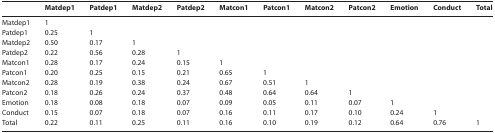
<table><thead><tr><td></td><td><b>Matdep1</b></td><td><b>Patdep1</b></td><td><b>Matdep2</b></td><td><b>Patdep2</b></td><td><b>Matcon1</b></td><td><b>Patcon1</b></td><td><b>Matcon2</b></td><td><b>Patcon2</b></td><td><b>Emotion</b></td><td><b>Conduct</b></td><td><b>Total</b></td></tr></thead><tbody><tr><td>Matdep1</td><td>1</td><td></td><td></td><td></td><td></td><td></td><td></td><td></td><td></td><td></td><td></td></tr><tr><td>Patdep1</td><td>0.25</td><td>1</td><td></td><td></td><td></td><td></td><td></td><td></td><td></td><td></td><td></td></tr><tr><td>Matdep2</td><td>0.50</td><td>0.17</td><td>1</td><td></td><td></td><td></td><td></td><td></td><td></td><td></td><td></td></tr><tr><td>Patdep2</td><td>0.22</td><td>0.56</td><td>0.28</td><td>1</td><td></td><td></td><td></td><td></td><td></td><td></td><td></td></tr><tr><td>Matcon1</td><td>0.28</td><td>0.17</td><td>0.24</td><td>0.15</td><td>1</td><td></td><td></td><td></td><td></td><td></td><td></td></tr><tr><td>Patcon1</td><td>0.20</td><td>0.25</td><td>0.15</td><td>0.21</td><td>0.65</td><td>1</td><td></td><td></td><td></td><td></td><td></td></tr><tr><td>Matcon2</td><td>0.28</td><td>0.19</td><td>0.38</td><td>0.24</td><td>0.67</td><td>0.51</td><td>1</td><td></td><td></td><td></td><td></td></tr><tr><td>Patcon2</td><td>0.18</td><td>0.26</td><td>0.24</td><td>0.37</td><td>0.48</td><td>0.64</td><td>0.64</td><td>1</td><td></td><td></td><td></td></tr><tr><td>Emotion</td><td>0.18</td><td>0.08</td><td>0.18</td><td>0.07</td><td>0.09</td><td>0.05</td><td>0.11</td><td>0.07</td><td>1</td><td></td><td></td></tr><tr><td>Conduct</td><td>0.15</td><td>0.07</td><td>0.18</td><td>0.07</td><td>0.16</td><td>0.11</td><td>0.17</td><td>0.10</td><td>0.24</td><td>1</td><td></td></tr><tr><td>Total</td><td>0.22</td><td>0.11</td><td>0.25</td><td>0.11</td><td>0.16</td><td>0.10</td><td>0.19</td><td>0.12</td><td>0.64</td><td>0.76</td><td>1</td></tr></tbody></table>